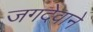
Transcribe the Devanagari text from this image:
जगदेवाने